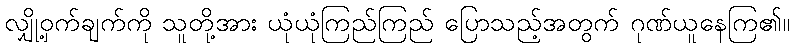
လျှို့ဝှက်ချက်ကို သူတို့အား ယုံယုံကြည်ကြည် ပြောသည့်အတွက် ဂုဏ်ယူနေကြ၏။